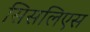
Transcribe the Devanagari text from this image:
सिसलिएस